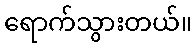
ရောက်သွားတယ်။